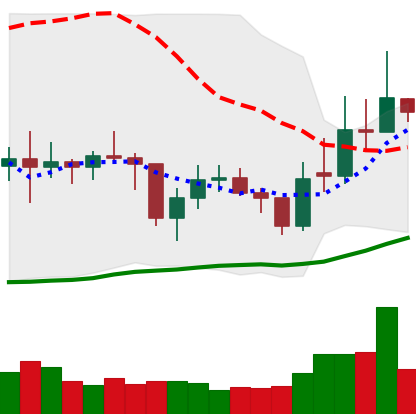
Ticker: EOS-USD
Chart end date: 2021-02-02
Forward return: 14.795%
Label: up_7plus